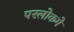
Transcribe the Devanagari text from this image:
परलोकमे